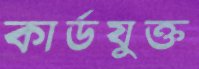
কার্ডযুক্ত